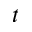
t